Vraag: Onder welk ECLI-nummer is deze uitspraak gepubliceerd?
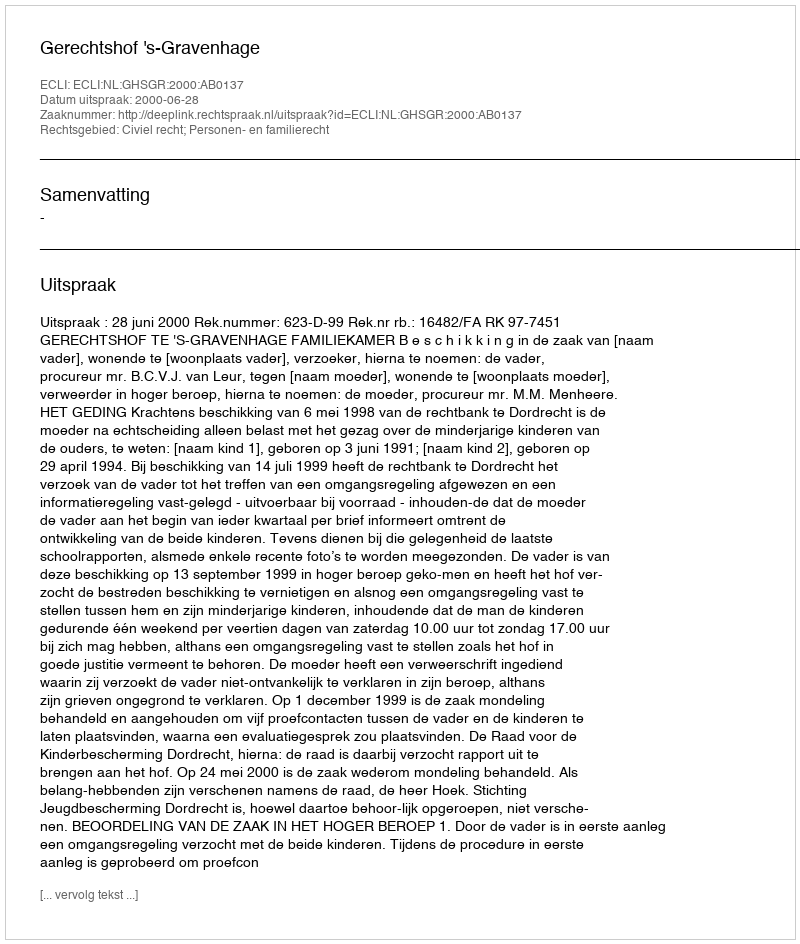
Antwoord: ECLI:NL:GHSGR:2000:AB0137